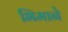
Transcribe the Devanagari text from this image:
भिमानेे